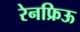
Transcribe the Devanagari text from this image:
रेनफ्रिऊ